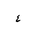
Letter: _ayn